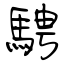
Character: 騁